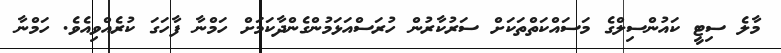
މާލެ ސިޓީ ކައުންސިލްގެ މަސައްކަތްތަކަށް ސަރުކާރުން ހުރަސްއަޅަމުންގެންދާކަމަށް ހަމްނާ ފާހަގަ ކުރެއްވިއެވެ. ހަމްނާ